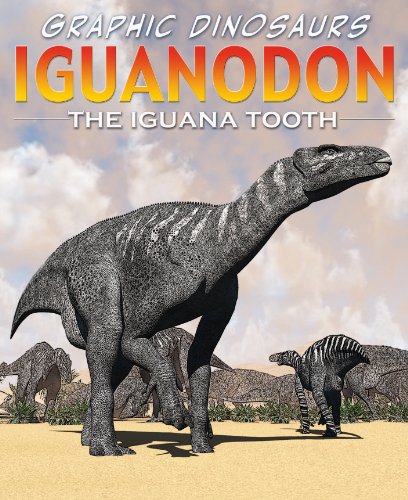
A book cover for Iguanodon: Iguana Tooth (Graphic Dinosaurs); David West; Children's Books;